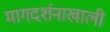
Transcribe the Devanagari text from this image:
मागदर्शनाखाली